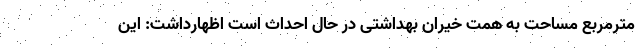
مترمربع مساحت به همت خیران بهداشتی در حال احداث است اظهارداشت: این